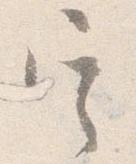
定